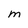
Character: m